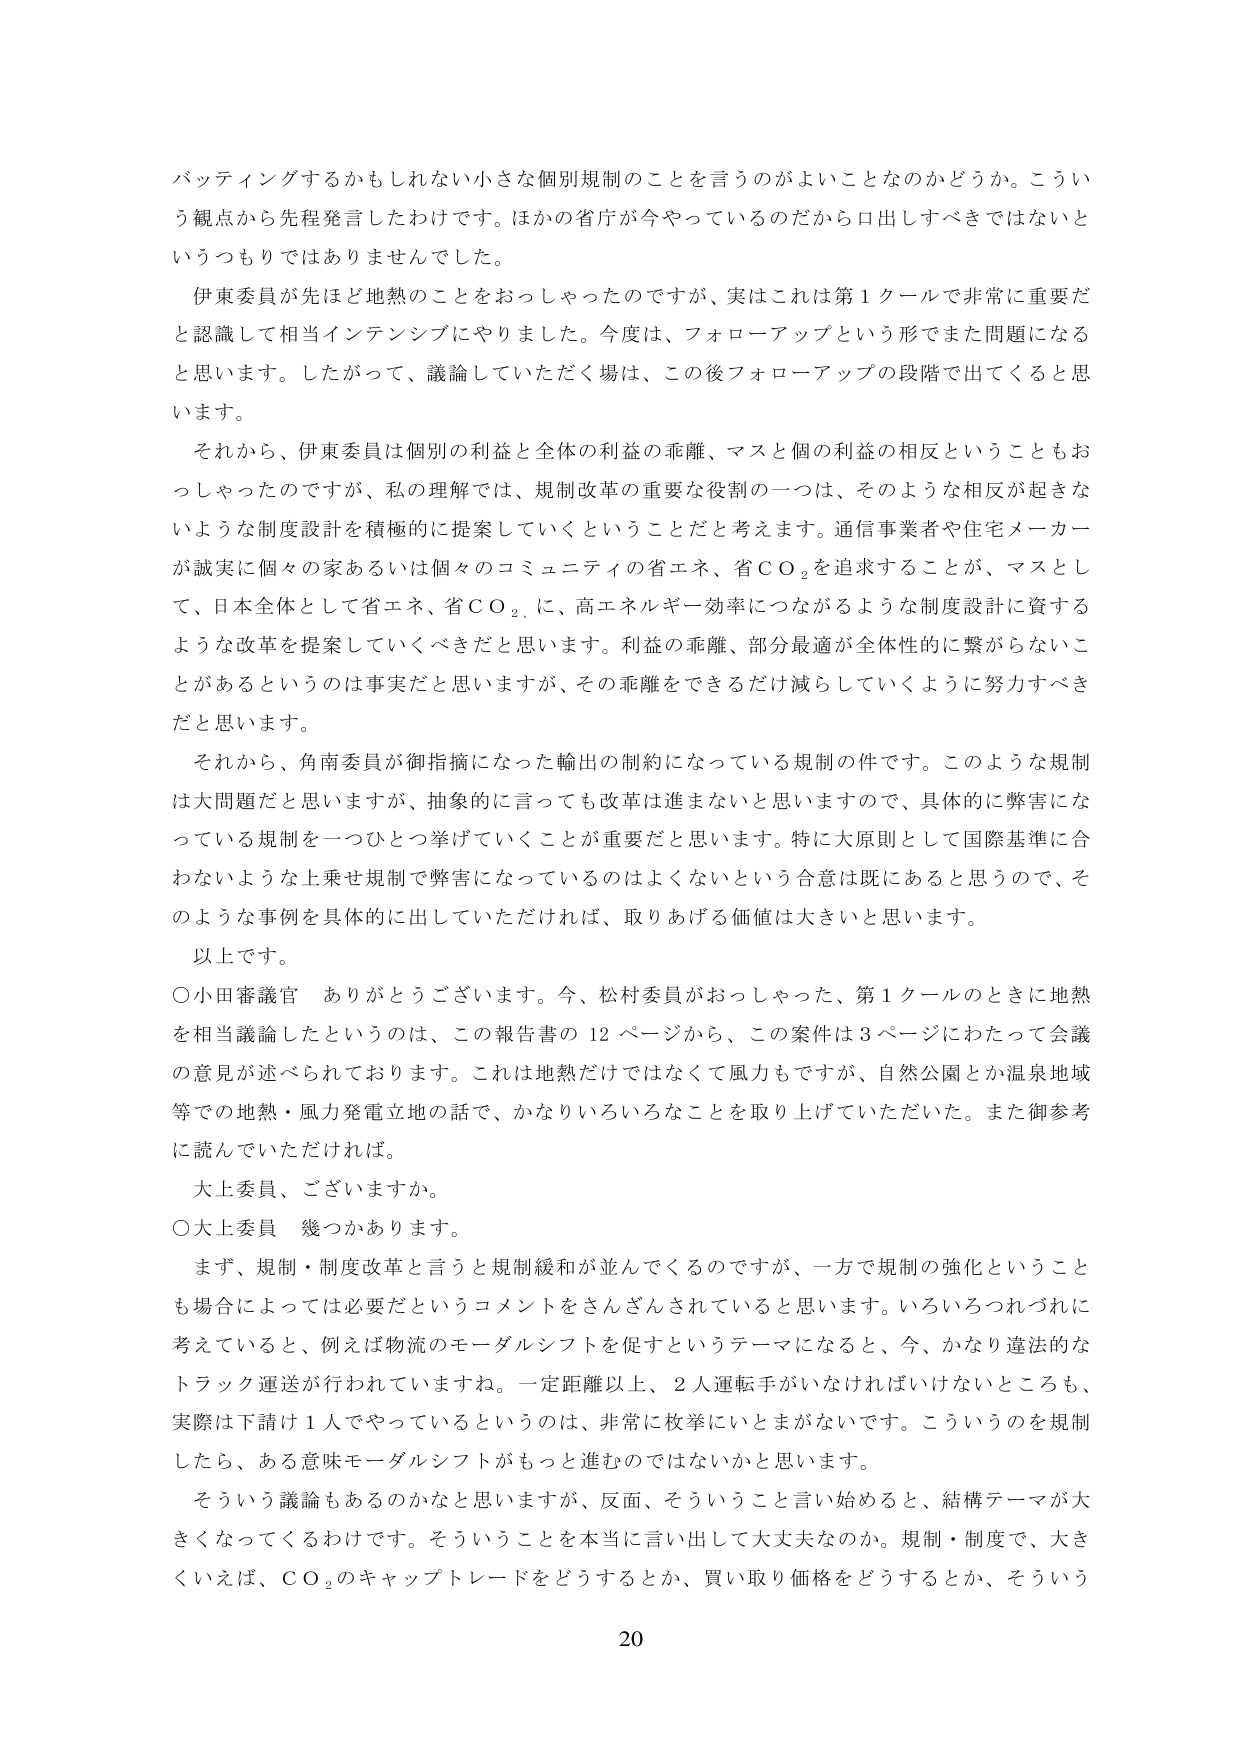
バッティングするかもしれない小さな個別規制のことを言うのがよいことなのかどうか。こういう観点から先程発言したわけです。ほかの省庁が今やっているのだから口出しそべきではないというつもりではありませんでした。

伊東委員が先ほど地熱のことをおっしゃったのですが、実はこれは第１クールで非常に重要だと認識して相当インテンシブにやりました。今度は、フォローアップという形でまた問題になると思います。したがって、議論していただく場は、この後フォローアップの段階で出てくると思います。

それから、伊東委員は個別の利益と全体の利益の乖離、マスと個の利益の相反ということもおっしゃったのですが、私の理解では、規制改革の重要な役割の一つは、そのような相反が起きないような制度設計を積極的に提案していくということだと考えます。通信事業者や住宅メーカーが誠実に個々の家あるいは個々のコミュニティの省エネ、省ＣＯ₂を追求することが、マスとして、日本全体として省エネ、省ＣＯ₂、に、高エネルギー効率につながるような制度設計に資するような改革を提案していくべきだと思います。利益の乖離、部分最適が全体性的に繋がらないことがあるというのは事実だと思いますが、その乖離をできるだけ減らしていくように努力すべきだと思います。

それから、角南委員が御指摘になった輸出の制約になっている規制の件です。このような規制は大問題だと思いますが、抽象的に言っても改革は進まないと思いますので、具体的に弊害になっている規制を一つひとつ挙げていくことが重要だと思います。特に大原則として国際基準に合わないような上乗せ規制で弊害になっているのはよくないという合意は既にあると思うので、そのような事例を具体的に出していただければ、取りあげる価値は大きいと思います。

以上です。

○小田審議官　ありがとうございます。今、松村委員がおっしゃった、第１クールのときに地熱を相当議論したというのは、この報告書の12ページから、この案件は3ページにわたって会議の意見が述べられております。これは地熱だけではなくて風力もですが、自然公園とか温泉地域等での地熱・風力発電立地の話で、かなりいろいろなことを取り上げていただいた。また御参考に読んでいただければ。

大上委員、ございますか。

○大上委員　幾つかあります。

まず、規制・制度改革と言うと規制緩和が並んでくるのですが、一方で規制の強化ということも場合によっては必要だというコメントをさんざんされていると思います。いろいろつれづれに考えていると、例えば物流のモーダルシフトを促すというテーマになると、今、かなり違法的なトラック運送が行われていますね。一定距離以上、2人運転手がいなければならないところも、実際は下請け1人でやっているというのは、非常に枚挙にいとまがないです。こういうのを規制したら、ある意味モーダルシフトがもっと進むのではないかと思います。

そういう議論はあるのかなと思いますが、反面、そういうこと言い始めると、結構テーマが大きくなってくるわけです。そういうことを本当に言い出して大丈夫なのか。規制・制度で、大きく例えば、ＣＯ₂のキャプトトレードをどうするとか、買い取り価格をどうするとか、そういう

20